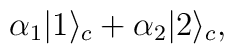
\alpha_1 |1\rangle_c + \alpha_2 |2\rangle_c,